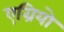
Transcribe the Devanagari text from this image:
एग्रियो